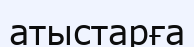
атыстарға